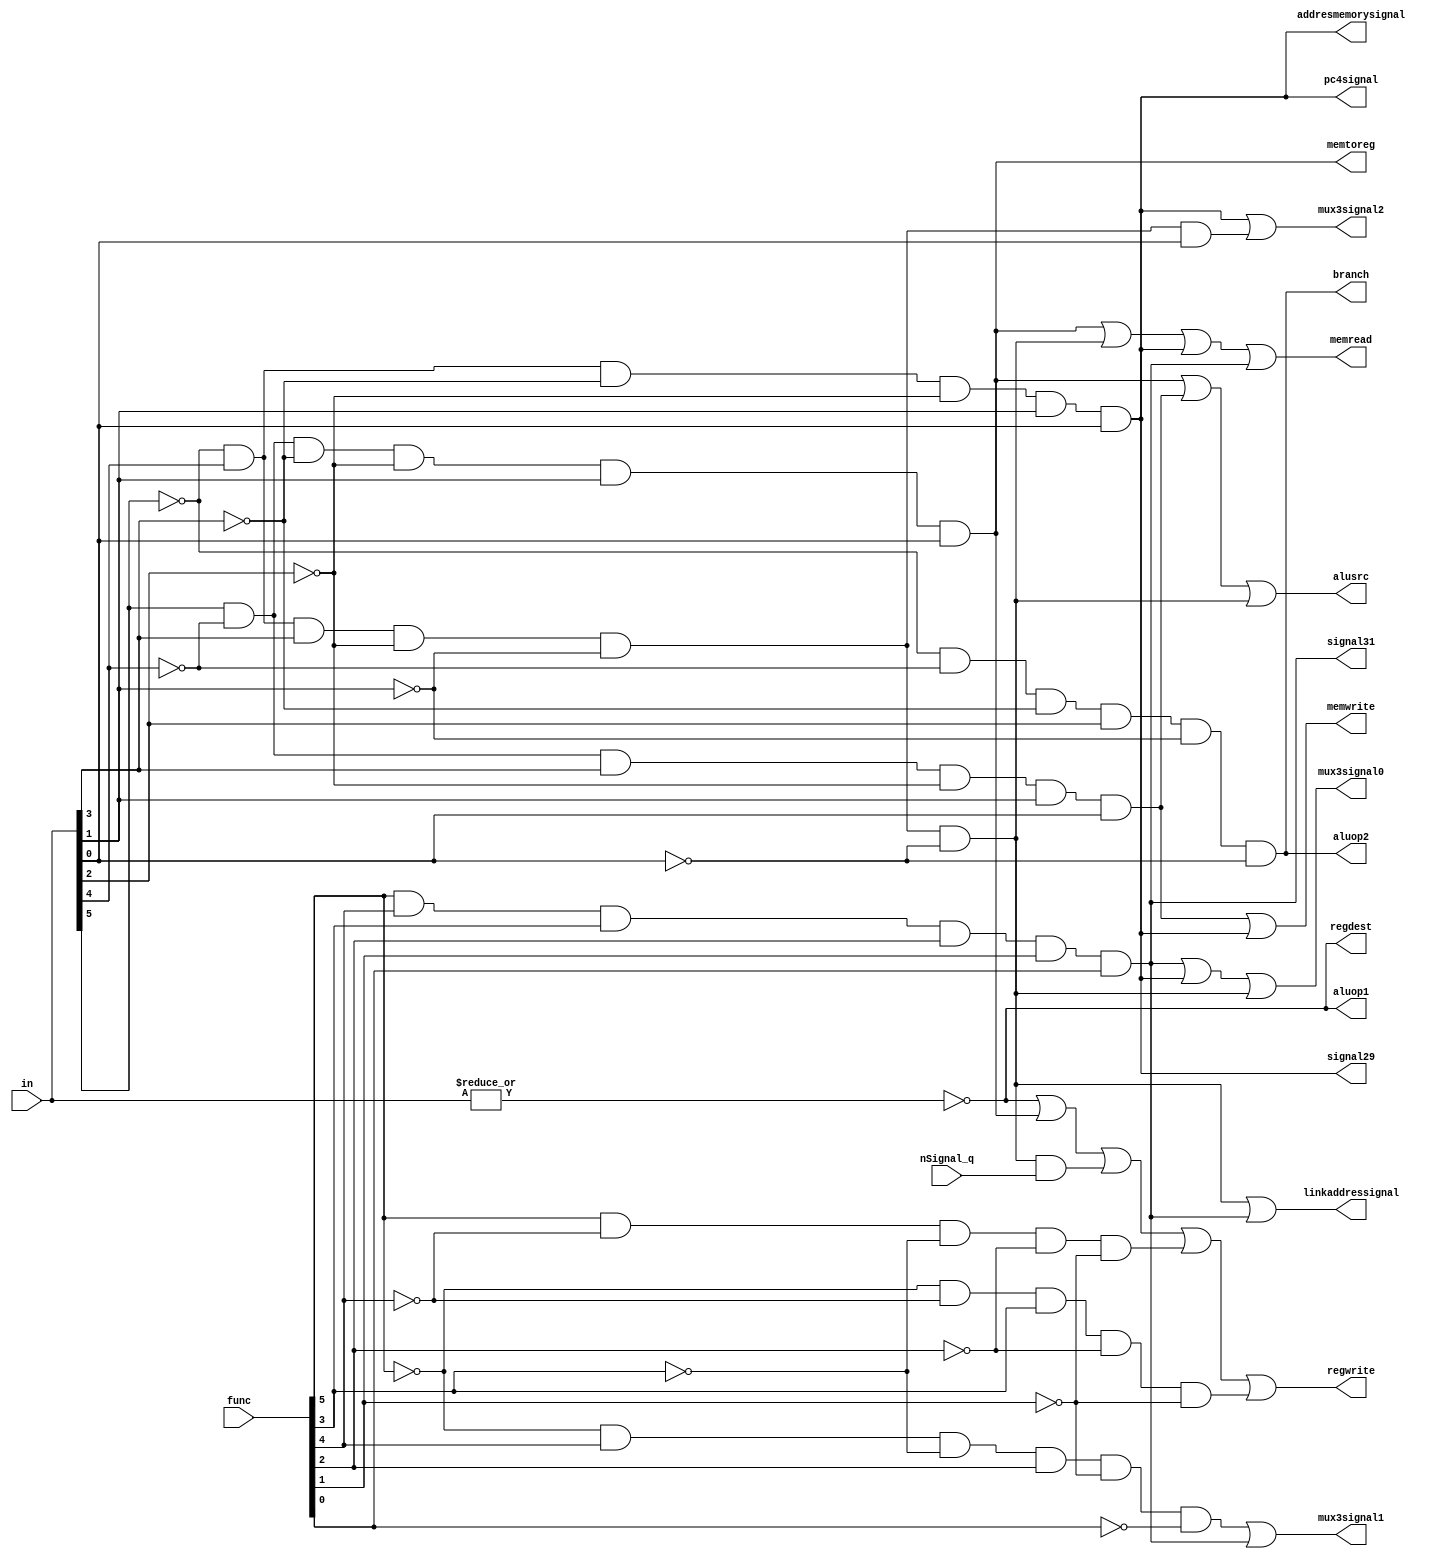
module control(in,regdest,alusrc,memtoreg,regwrite,memread,memwrite,branch,aluop1,aluop2,func,
mux3signal2,mux3signal1,mux3signal0,signal31,linkaddressignal,signal29,pc4signal,addresmemorysignal, nSignal_q);
input [5:0] in;
input [5:0] func;
input nSignal_q;
output regdest,alusrc,memtoreg,regwrite,memread,memwrite,branch,aluop1,aluop2, mux3signal2,mux3signal1,mux3signal0,signal31,linkaddressignal,signal29,pc4signal, addresmemorysignal;
wire rformat,lw,sw,beq;
assign rformat= (~|in);
assign lw=in[5]& (~in[4])&(~in[3])&(~in[2])&in[1]&in[0];
assign sw=in[5]& (~in[4])&in[3]&(~in[2])&in[1]&in[0];
assign beq=~in[5]& (~in[4])&(~in[3])&in[2]&(~in[1])&(~in[0]);
assign regdest=rformat;
assign alusrc=lw|sw|((~in[5])& in[4]&in[3]&(~in[2])&(~in[1])&(~in[0]));
assign memtoreg=lw;
assign regwrite=(rformat)|lw|((~in[5])& in[4]&in[3]&(~in[2])&(~in[1])&(~in[0]) & nSignal_q)|func[5]& (~func[4])&(~func[3])&(~func[2])&(~func[1])|(~func[5])& (~func[4])&func[3]&(~func[2])&(~func[1]);
assign memread=lw|((~in[5])&in[4]&in[3]&(~in[2])&(~in[1])&(~in[0]))|((~in[5])& in[4]&(~in[3])&(~in[2])&in[1]&in[0])|(func[5]& (func[4])&(func[3])&(func[2])&(func[1])&(func[0]));
assign memwrite=sw|(~in[5])& in[4]&(~in[3])&(~in[2])&in[1]&in[0];
assign branch=beq;
assign aluop1=rformat;
assign aluop2=beq;
assign mux3signal2=((~in[5])& in[4]&(~in[3])&(~in[2])&in[1]&in[0])|((~in[5])& in[4]&(in[3])&(~in[2])&(~in[1])&in[0]);
assign mux3signal1=((~func[5])& func[4]&(~func[3])&func[2]&(~func[1])&(~func[0]))|(func[5]& (func[4])&(func[3])&(func[2])&(func[1])&(func[0]));
assign mux3signal0=(func[5]& (func[4])&(func[3])&(func[2])&(func[1])&(func[0]))|((~in[5])& in[4]&(~in[3])&(~in[2])&in[1]&in[0])|((~in[5])& in[4]&in[3]&(~in[2])&(~in[1])&(~in[0]));
assign signal31=(func[5]& (func[4])&(func[3])&(func[2])&(func[1]) & func[0]); //63 function code for instruction 11
assign linkaddressignal=((~in[5])& in[4]&in[3]&(~in[2])&(~in[1])&(~in[0])|(func[5]& (func[4])&(func[3])&(func[2])&(func[1])&(func[0])));
assign signal29=(((~in[5])& in[4]&(~in[3])&(~in[2])&in[1]&in[0]));
assign pc4signal=((~in[5])& in[4]&(~in[3])&(~in[2])&in[1]&in[0]);
assign addresmemorysignal=((~in[5])& in[4]&(~in[3])&(~in[2])&in[1]&in[0]);
endmodule









// module control(in,regdest,alusrc,memtoreg,regwrite,memread,memwrite,branch,aluop1,aluop2);
// input [5:0] in;
// output regdest,alusrc,memtoreg,regwrite,memread,memwrite,branch,aluop1,aluop2;
// wire rformat,lw,sw,beq;
// assign rformat=~|in;
// assign lw=in[5]& (~in[4])&(~in[3])&(~in[2])&in[1]&in[0];
// assign sw=in[5]& (~in[4])&in[3]&(~in[2])&in[1]&in[0];
// assign beq=~in[5]& (~in[4])&(~in[3])&in[2]&(~in[1])&(~in[0]);
// assign regdest=rformat;
// assign alusrc=lw|sw;
// assign memtoreg=lw;
// assign regwrite=rformat|lw;
// assign memread=lw;
// assign memwrite=sw;
// assign branch=beq;
// assign aluop1=rformat;
// assign aluop2=beq;
// endmodule